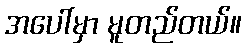
အပေါ်မှာ မူတည်တယ်။